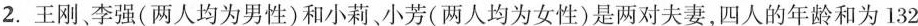
2.王刚李强(两人均为男性)和小莉小芳(两人均为女性)是两对夫妻，四人的年龄和为132